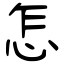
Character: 怎